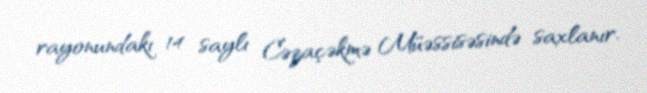
rayonundakı 14 saylı Cəzaçəkmə Müəssisəsində saxlanır.